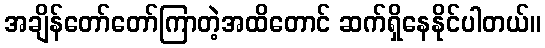
အချိန်တော်တော်ကြာတဲ့အထိတောင် ဆက်ရှိနေနိုင်ပါတယ်။